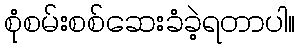
စုံစမ်းစစ်ဆေးခံခဲ့ရတာပါ။